Manual of the Civil Veterinary Department, Central Provinces and Berar
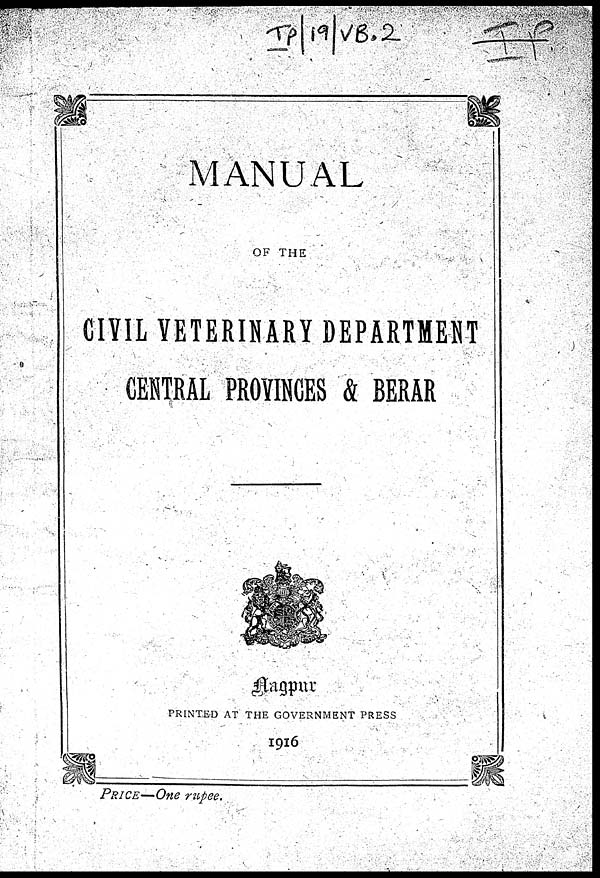
MANUAL
OF THE
CIVIL VETERINARY DEPARTMENT
CENTRAL PROVINCES & BERAR
Nagpur
PRINTED AT THE GOVERNMENT PRESS
1916
PRICE—One rupee.